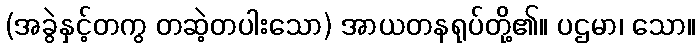
(အခွဲနှင့်တကွ တဆဲ့တပါးသော) အာယတနရုပ်တို့၏။ ပဌမာ၊ သော။